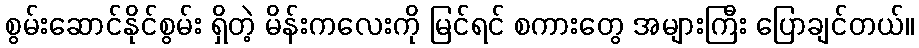
စွမ်းဆောင်နိုင်စွမ်း ရှိတဲ့ မိန်းကလေးကို မြင်ရင် စကားတွေ အများကြီး ပြောချင်တယ်။